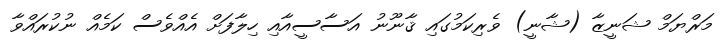
މަރްޔަމް ޝަނީޒާ (ޝާނީ) ވެރިކަމުގައި ޤާނޫނު އަސާސީއާއި ހިލާފަށް އެއްވެސް ކަމެއް ނުކުރައްވާ